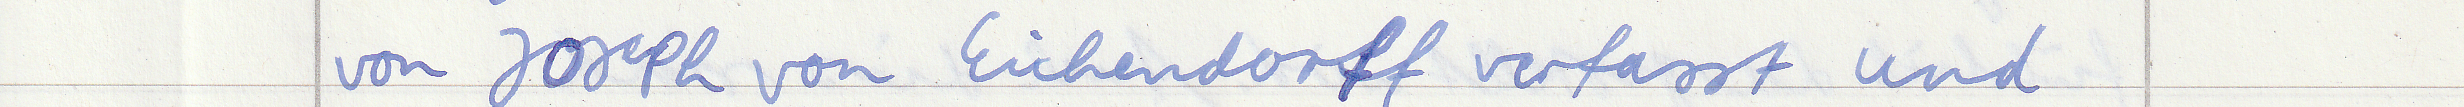
von Joseph von Eichendorff verfasst und